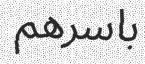
باسرھم